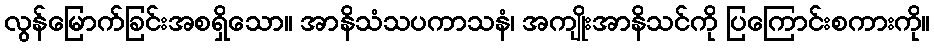
လွန်မြောက်ခြင်းအစရှိသော။ အာနိသံသပကာသနံ၊ အကျိုးအာနိသင်ကို ပြကြောင်းစကားကို။